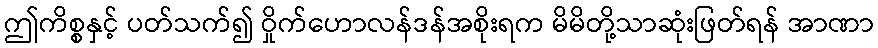
ဤကိစ္စနှင့် ပတ်သက်၍ ဝှိုက်ဟောလန်ဒန်အစိုးရက မိမိတို့သာဆုံးဖြတ်ရန် အာဏာ